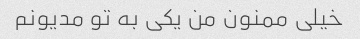
خیلی ممنون من یکی به تو مدیونم